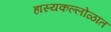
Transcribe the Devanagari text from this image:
हास्यकल्लोळात